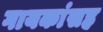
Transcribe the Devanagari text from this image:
गायकांसह